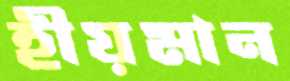
হীয়মান